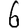
Digit: 6